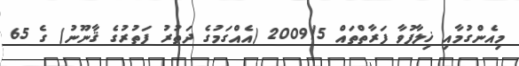
މިއެންގުމާއި ޚިލާފުވާ ފަރާތްތައް 2009/5 (އެއްގަމުގެ ދަތުރު ފަތުރުގެ ޤާނޫނު) ގެ 65